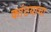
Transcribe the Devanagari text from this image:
कांटयाचा